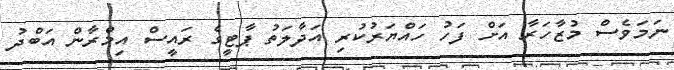
ނަމަވެސް މުޒާހަރާ އަށް ފަހު ހައްޔަރުކުރި އަދާލަތު ޕާޓީގެ ރައީސް އިމްރާން އަބްދު